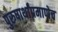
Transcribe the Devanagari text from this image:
पुरुषार्थांप्रमाणेच